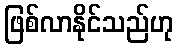
ဖြစ်လာနိုင်သည်ဟု